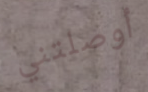
أوصلتني